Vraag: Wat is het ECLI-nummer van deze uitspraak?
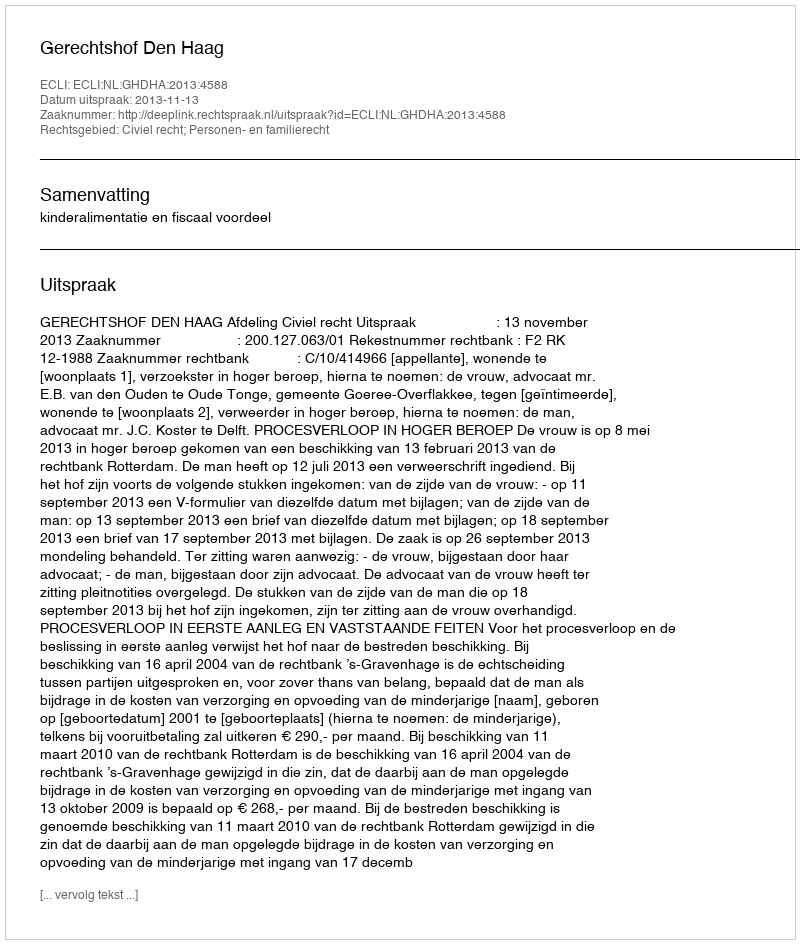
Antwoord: ECLI:NL:GHDHA:2013:4588